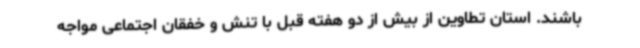
باشند. استان تطاوین از بیش از دو هفته قبل با تنش و خفقان اجتماعی مواجه